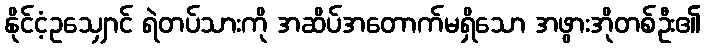
နိုင်ငံ့ဥသျှောင် ရဲတပ်သားကို အဆိပ်အတောက်မရှိသော အဖွားအိုတစ်ဦး၏